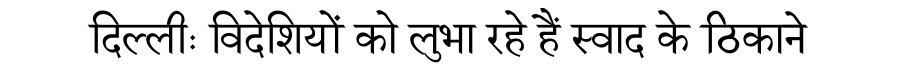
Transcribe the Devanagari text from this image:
दिल्लीः विदेशियों को लुभा रहे हैं स्वाद के ठिकाने